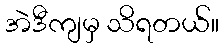
အဲဒီကျမှ သိရတယ်။